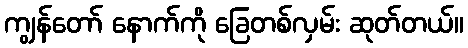
ကျွန်တော် နောက်ကို ခြေတစ်လှမ်း ဆုတ်တယ်။